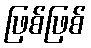
ဖြစ်ဖြစ်